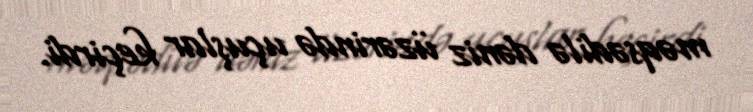
məqsədilə dəniz üzərində uçuşlar keçirdi.